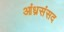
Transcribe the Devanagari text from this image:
आंध्रसंसद